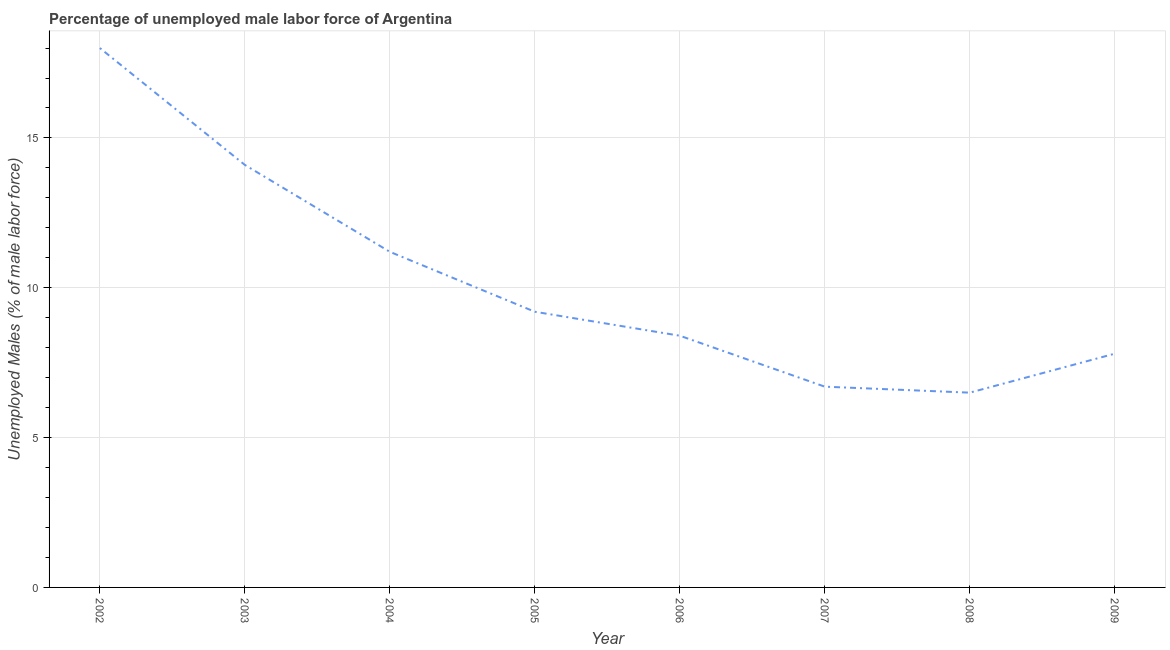
| Year | Unemployment male |
 | --- | --- |
 | 2002 | 18 |
 | 2003 | 14.1 |
 | 2004 | 11.2 |
 | 2005 | 9.2 |
 | 2006 | 8.4 |
 | 2007 | 6.7 |
 | 2008 | 6.5 |
 | 2009 | 7.8 |